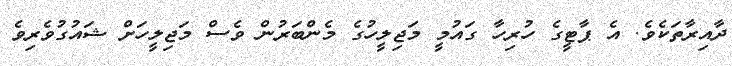
ދާއިރާތަކެވެ. އެ ޕާޓީގެ ހުރިހާ ގައުމީ މަޖިލީހުގެ މެންބަރުން ވެސް މަޖިލީހަށް ޝައުގުވެރިވެ